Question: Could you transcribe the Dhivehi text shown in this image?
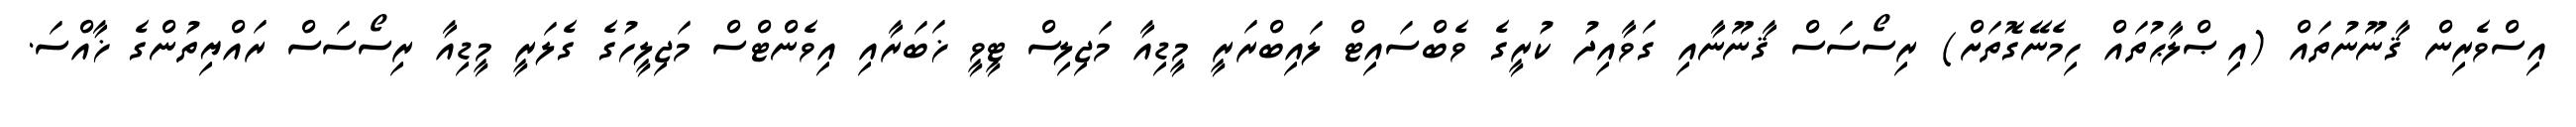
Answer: އިސްވެރިން ޤާނޫނުތައް (އިޞްލާޙުތައް ހިމެނޭގޮތަށް) ރިސޯސަސް ޤާނޫނާއި ގަވާއިދު ކުރީގެ ވެބްސައިޓް ލައިބްރަރީ މީޑިއާ މަޖިލިސް ޓީވީ ޚަބަރާއި އިވެންޓްސް މަޖިލީހުގެ ގެލަރީ މީޑިއާ ރިސޯސަސް ރައްޔިތުންގެ ޚާއްސަ.